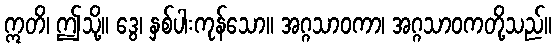
ဣတိ၊ ဤသို့။ ဒွေ၊ နှစ်ပါးကုန်သော။ အဂ္ဂသာဝကာ၊ အဂ္ဂသာဝကတို့သည်။